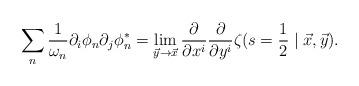
LaTeX: \begin{align*}\sum_{n}\frac{1}{\omega _{n}}\partial _{i}\phi _{n}\partial _{j}\phi_{n}^{*}=\lim_{\vec{y}\rightarrow \vec{x}}\frac{\partial }{\partial x^{i}}\frac{\partial }{\partial y^{i}}\zeta(s=\frac{1}{2}\mid \vec{x},\vec{y}).\end{align*}